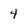
Character: 4